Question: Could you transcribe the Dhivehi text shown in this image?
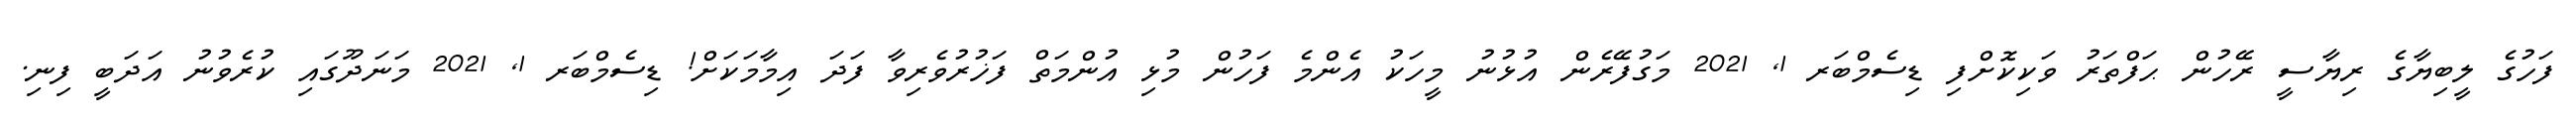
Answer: ފަހުގެ ލީބިޔާގެ ރިޔާސީ ރޭހުން ޙަފްތަރު ވަކިކޮށްފި ޑިސެމްބަރ 1, 2021 މަގުފޭރެން އުޅުނު މީހަކު އެންމެ ފަހުން މުޅި އުންމަތް ފަޚުރުވެރިވާ ފަދަ އިމާމަކަށް! ޑިސެމްބަރ 1, 2021 މަނަދޫގައި ކުރެވުނު އަދަބީ ފިނި.